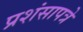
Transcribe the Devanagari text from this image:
प्रशंसापत्रे